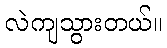
လဲကျသွားတယ်။